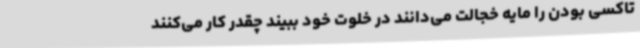
تاکسی بودن را مایه خجالت می‌دانند در خلوت خود ببیند چقدر کار می‌کنند